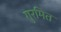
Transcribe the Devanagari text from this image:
गुरमित